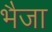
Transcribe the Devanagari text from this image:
भैजा